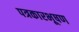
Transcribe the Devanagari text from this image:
पत्रकारभूषण